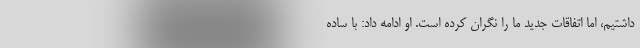
داشتیم، اما اتفاقات جدید ما را نگران کرده است. او ادامه داد: با ساده